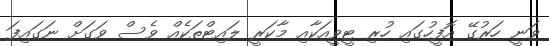
ވަނީ ހަރުގޭ އޮފީހުގައި ހުރި ޓީވީއަކާއި މާކަރީ ލައިޓްތަކެއް ވެސް ވަގަށް ނަގައިފަ